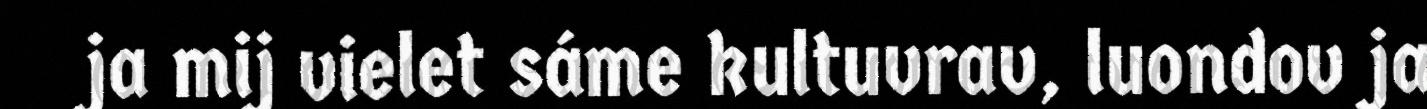
ja mij vielet sáme kultuvrav, luondov ja